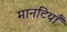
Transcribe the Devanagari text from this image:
मानटियाँ